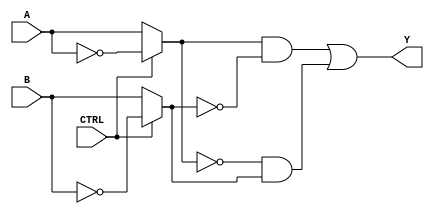
module xor_pass_gate (
    input A,
    input B,
    input CTRL,
    output Y
);

wire A_INV, B_INV;

assign A_INV = (CTRL) ? (~A) : (A);
assign B_INV = (CTRL) ? (~B) : (B);

assign Y = (A_INV & ~B_INV) | (~A_INV & B_INV);

endmodule